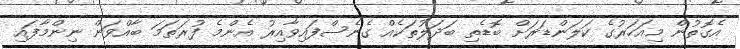
އެގޮތުން މިއަހަރުގެ ކަލަންޑަރަށް ބޮޑެތި ބަދަލުތަކެއް ގެނެސްފައިވާއިރު އެންމެ ފުރަތަމަ ބާއްވަން ނިންމާފައި